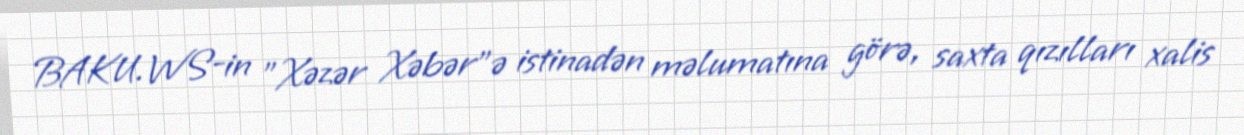
BAKU.WS-in "Xəzər Xəbər"ə istinadən məlumatına görə, saxta qızılları xalis